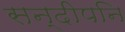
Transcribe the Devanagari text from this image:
सन्दीपनि